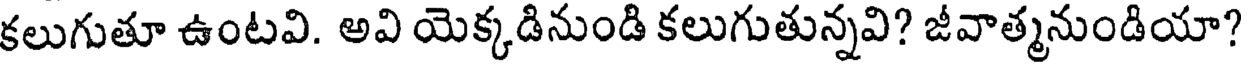
కలుగుతూ ఉంటవి. అవి యెక్కడినుండి కలుగుతున్నవి? జీవాత్మనుండియా?